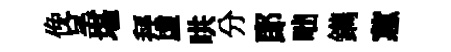
俛呈堪拜虚哄分郞咄鐫蕙